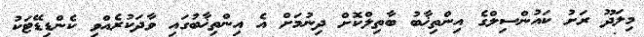
މިލަދޫ ރަށު ކައުންސިލްގެ އިންތިޚާބު ބާތިލްކޮށް ދިނުމަށް އެ އިންތިޚާބުގައި ވާދަކުރެއްވި ކެންޑިޑޭޓަކު